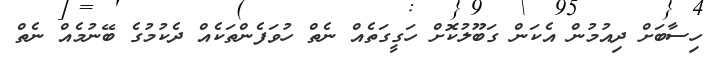
ހިސާބަށް ދިއުމުން އެކަން ގަބޫލުކޮށް ހަގީގަތެއް ނެތް ހުވަފެންތަކެއް ދެކުމުގެ ބޭނުމެއް ނެތް